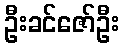
ဦးခင်ဇော်ဦး